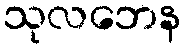
သုလဘေန